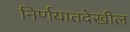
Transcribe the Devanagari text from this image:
निर्णयातदेखील